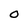
Character: O